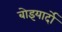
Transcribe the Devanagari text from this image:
बोइयार्दो